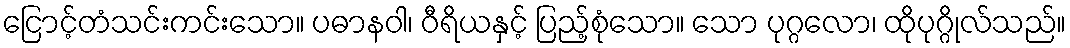
ငြောင့်တံသင်းကင်းသော။ ပဓာနဝါ၊ ဝီရိယနှင့် ပြည့်စုံသော။ သော ပုဂ္ဂလော၊ ထိုပုဂ္ဂိုလ်သည်။